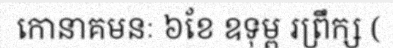
កោនាគមនៈ ៦ខែ ឧទុម្ព រព្រឹក្ស (